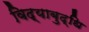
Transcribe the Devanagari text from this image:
विद्याबुद्धि